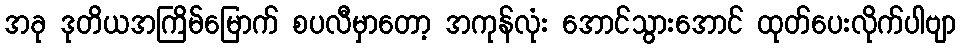
အခု ဒုတိယအကြိမ်မြောက် စပလီမှာတော့ အကုန်လုံး အောင်သွားအောင် ထုတ်ပေးလိုက်ပါဗျာ